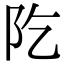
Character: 阣